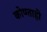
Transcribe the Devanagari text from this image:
कोण्ताही